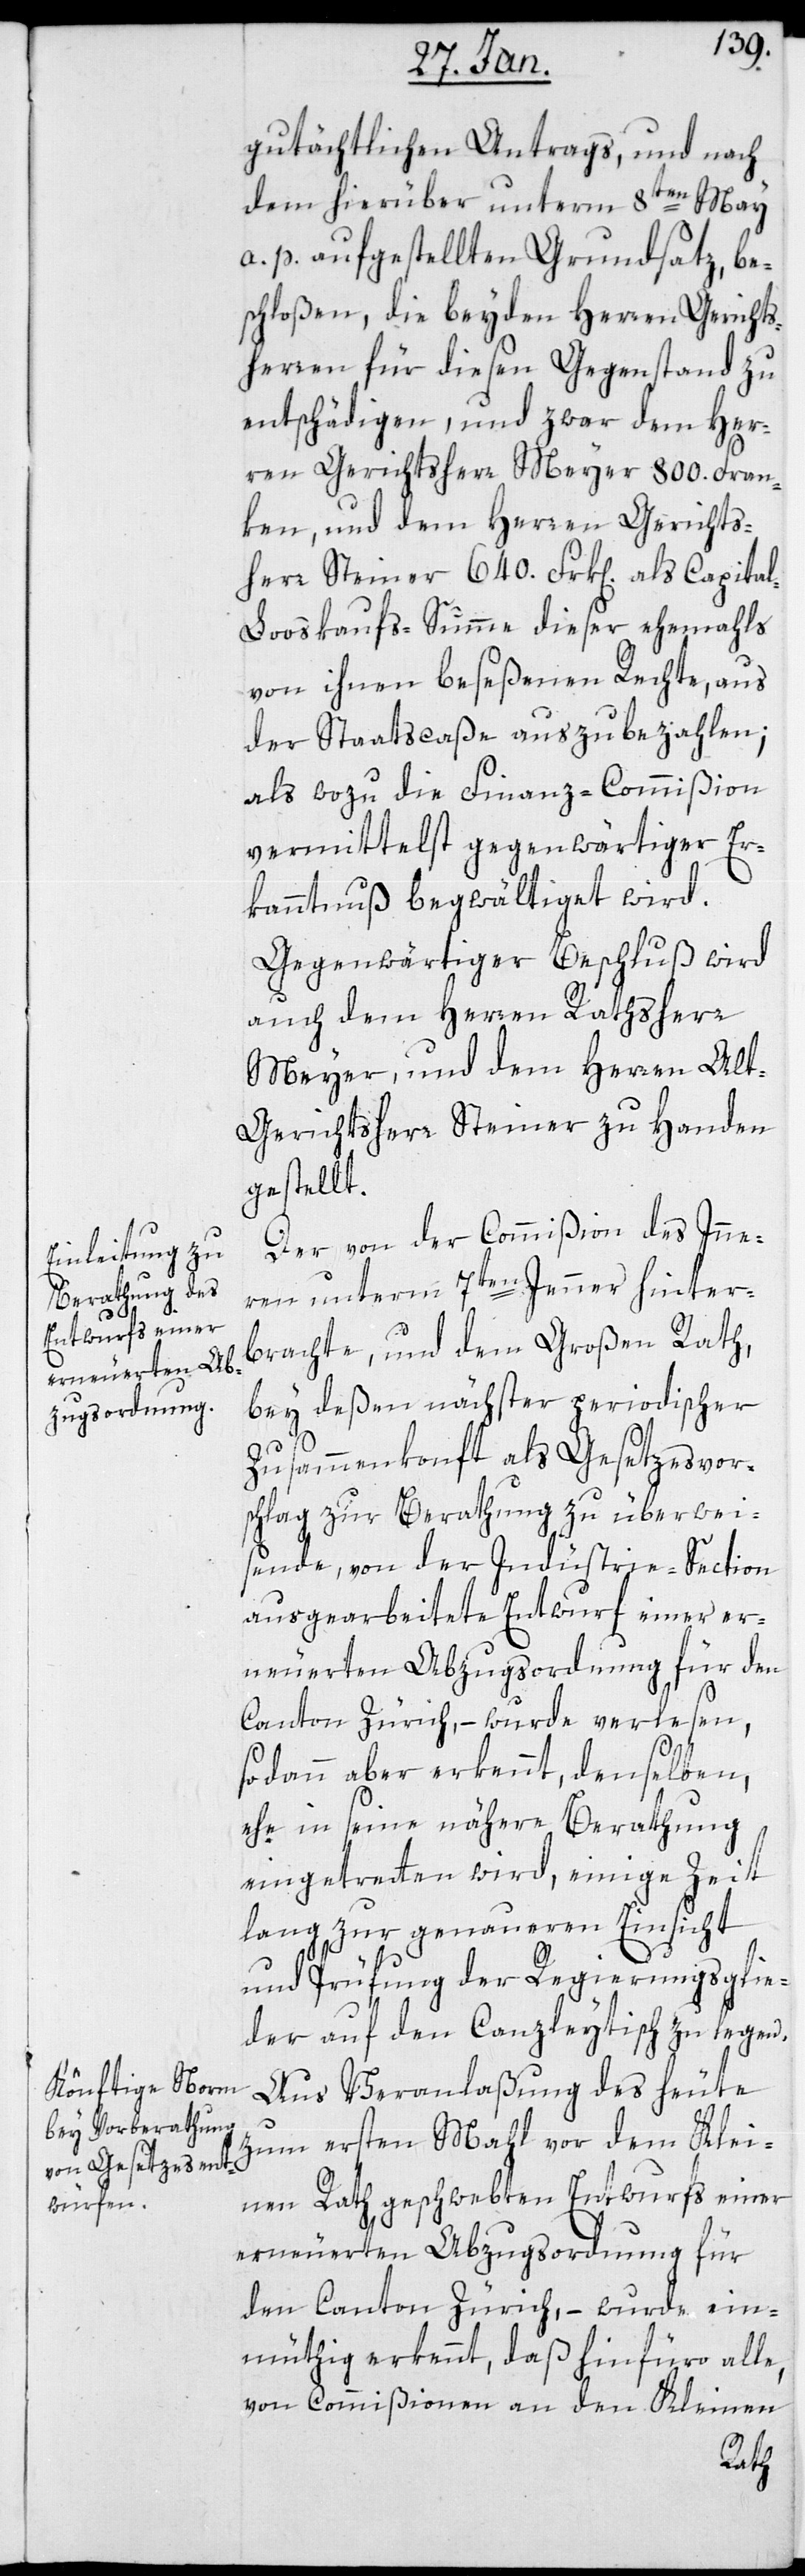
gutächtlichen Antrags, und nach
dem hierüber unterm 8ten Mai
a. p. aufgestellten Grundsatz, be¬
schloßen, die beyden Herren Gerichts¬
herren für diesen Gegenstand zu
entschädigen, und zwar dem Her¬
ren Gerichtsherr Meyer 800. Fran¬
ken, und dem Herren Gerichts¬
herr Steiner 640.Frank[en] als Capita¬
l-Looskaufs-Summe dieser ehemals
von ihnen beseßenen Rechte, aus
der Staatscaße auszubezahlen;
als wozu die Finanz-Commißion
vermittelst gegenwärtiger Er¬
kanntnuß begwältiget wird.
Gegenwärtiger Beschluß wird
auch dem Herren Rathsherr
Meyer und dem Herren Al¬
t-Gerichtsherr Steiner zu Handen
gestellt.
Der von der Commißion des Inne¬
rn unterm 7ten Jenner hinter¬
brachte, und dem Großen Rath,
bey deßen nächster periodischer
Zusammenkonft als Gesetzesvor¬
schlag zur Berathung zu überwei¬
sende, von der Industrie-Section
ausgearbeitete Entwurf einer er¬
neuerten Abzugsordnung für den
Canton Zürich, – wurde verlesen,
sodann aber erkennt, denselben,
ehe in seine nähere Berathung
eingetreten wird, einige Zeit
lang zu genaueren Einsicht
und Prüfung der Regierungsglie¬
der auf den Canzleytisch zu legen.
Aus Veranlaßung des heute
zum ersten Mahl vor dem Klei¬
nen Rath geschwebten Entwurfs einer
erneuerten Abzugsordnung für
den Canton Zürich, – wurde ein¬
müthig erkennt, daß hinfüro alle,
von Commißionen an den Kleinen